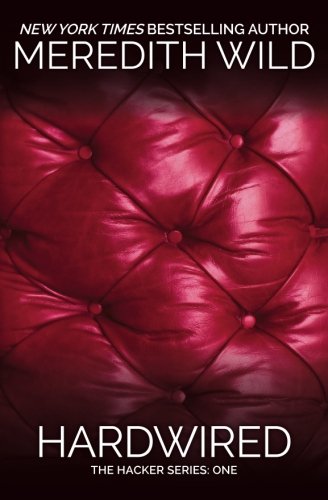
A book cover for Hardwired (Hacker); Meredith Wild; Romance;